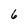
Character: 6